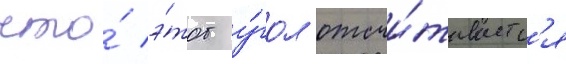
что́ э́тот у́гол отсчи́тываетс'я